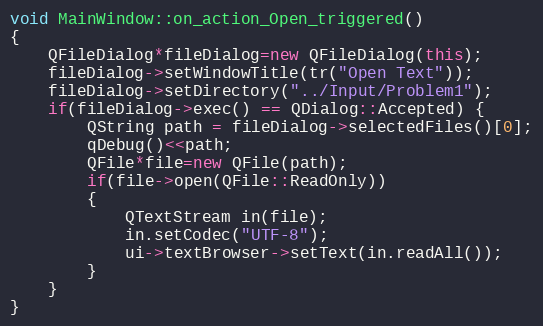
Language: C++
void MainWindow::on_action_Open_triggered()
{
    QFileDialog*fileDialog=new QFileDialog(this);
    fileDialog->setWindowTitle(tr("Open Text"));
    fileDialog->setDirectory("../Input/Problem1");
    if(fileDialog->exec() == QDialog::Accepted) {
        QString path = fileDialog->selectedFiles()[0];
        qDebug()<<path;
        QFile*file=new QFile(path);
        if(file->open(QFile::ReadOnly))
        {
            QTextStream in(file);
            in.setCodec("UTF-8");
            ui->textBrowser->setText(in.readAll());
        }
    }
}